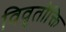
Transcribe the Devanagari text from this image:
विवृतोक्ति